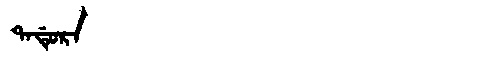
Manchu: ᡨᠠᡩᡠᡵᠠ
Romanization: TADURA